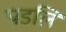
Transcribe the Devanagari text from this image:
पडलि